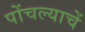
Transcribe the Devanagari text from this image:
पोंचल्याचें